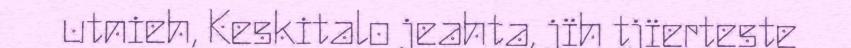
utnieh, Keskitalo jeahta, jïh tjïerteste